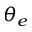
\theta _ { e }